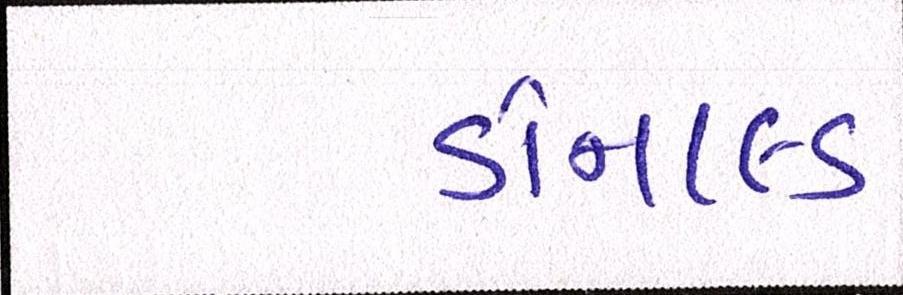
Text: ડોનાલ્ડ